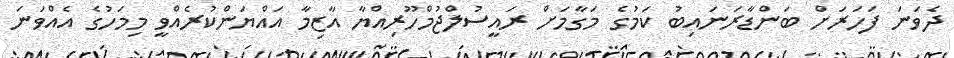
ދެވަނަ ފަހަރަށް ބަންޑާރަނައިބު ކަމުގެ މަގާމަށް ރައީސުލްޖުމްހޫރިއްޔާ އާޒިމާ އައްޔަންކުރެއްވީ މިމަހުގެ އެއްވަނަ